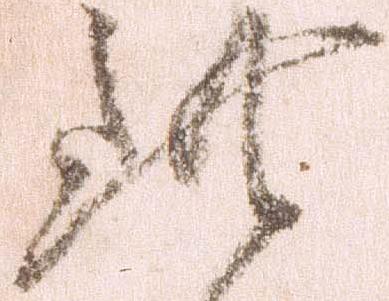
此